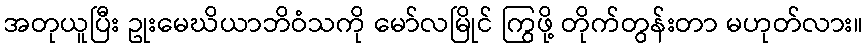
အတုယူပြီး ဥုးမေဃိယာဘိဝံသကို မော်လမြိုင် ကြွဖို့ တိုက်တွန်းတာ မဟုတ်လား။